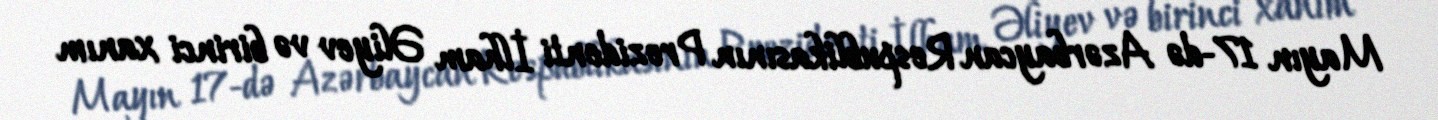
Mayın 17-də Azərbaycan Respublikasının Prezidenti İlham Əliyev və birinci xanım